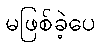
မဖြစ်ခဲ့ပေ